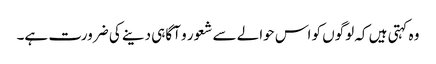
وہ کہتی ہیں کہ لوگوں کو اس حوالے سے شعور و آگاہی دینے کی ضرورت ہے۔